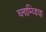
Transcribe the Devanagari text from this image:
च्लाम्य्डिया